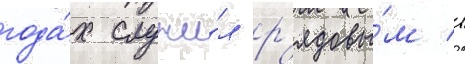
года́х служи́л р'ядовы́м в